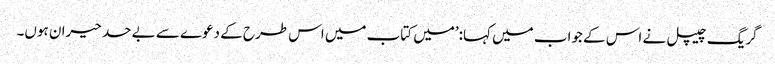
گریگ چیپل نے اس کے جواب میں کہا:’میں کتاب میں اس طرح کے دعوے سے بے حد حیران ہوں۔